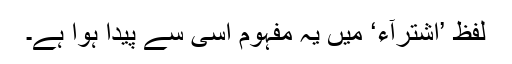
لفظ ’اِشْتِرَآء‘ میں یہ مفہوم اِسی سے پیدا ہوا ہے۔